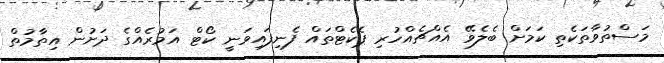
މަސްތުވާތަކެތި ކަމަށް ބެލެވޭ އެއްޗެއްހުރި ޕެކެޓްތައް ފެނިފައިވަނީ ކޯޓް އަމުރެއްގެ ދަށުން އިތާމުތް